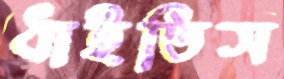
ধাইতিস